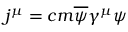
j ^ { \mu } = c m \overline { { { \psi } } } \gamma ^ { \mu } \psi